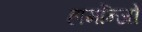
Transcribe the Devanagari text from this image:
हार्मोन्जो